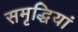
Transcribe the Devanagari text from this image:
समृद्धियां